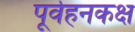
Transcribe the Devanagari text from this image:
पूर्वहनकक्ष